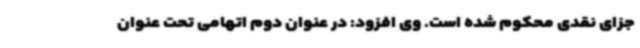
جزای نقدی محکوم شده است. وی افزود: در عنوان دوم اتهامی تحت عنوان